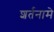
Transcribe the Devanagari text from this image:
शर्तनामे